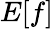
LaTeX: E[f]